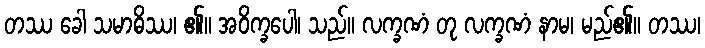
တဿ ခေါ သမာဓိဿ၊ ၏။ အဝိက္ခပေါ၊ သည်။ လက္ခဏံ တု လက္ခဏံ နာမ၊ မည်၏။ တဿ၊